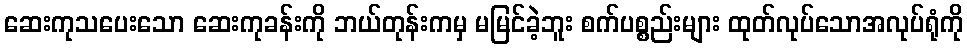
ဆေးကုသပေးသော ဆေးကုခန်းကို ဘယ်တုန်းကမှ မမြင်ခဲ့ဘူး စက်ပစ္စည်းများ ထုတ်လုပ်သောအလုပ်ရုံကို